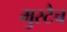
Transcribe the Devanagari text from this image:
मुस्टैच